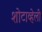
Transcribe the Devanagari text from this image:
शोटाव्हेली